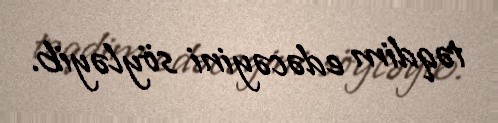
təqdim edəcəyini söyləyib.